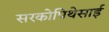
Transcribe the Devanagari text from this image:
सरकोपिथेसाई